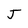
Character: J